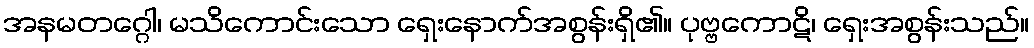
အနမတဂ္ဂေါ၊ မသိကောင်းသော ရှေးနောက်အစွန်းရှိ၏။ ပုဗ္ဗကောဋိ၊ ရှေးအစွန်းသည်။